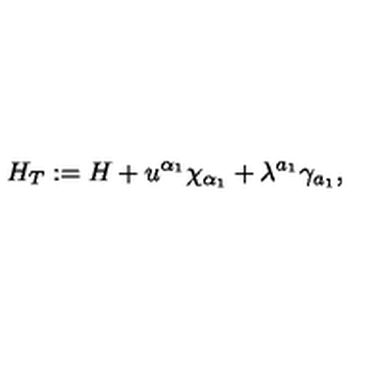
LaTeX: H _ { T } : = H + u ^ { \alpha _ { 1 } } \chi _ { \alpha _ { 1 } } + \lambda ^ { a _ { 1 } } \gamma _ { a _ { 1 } } ,